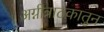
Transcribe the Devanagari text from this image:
अग्नीत्राटकातुन